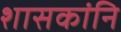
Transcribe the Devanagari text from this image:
शासकांनि